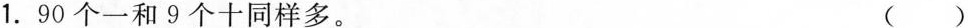
1. 90个一和9个十同样多。 ( )